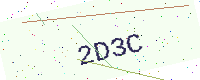
Text: 2D3C